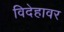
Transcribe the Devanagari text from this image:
विदेहावर